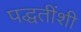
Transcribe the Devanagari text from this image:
पद्धतींशी